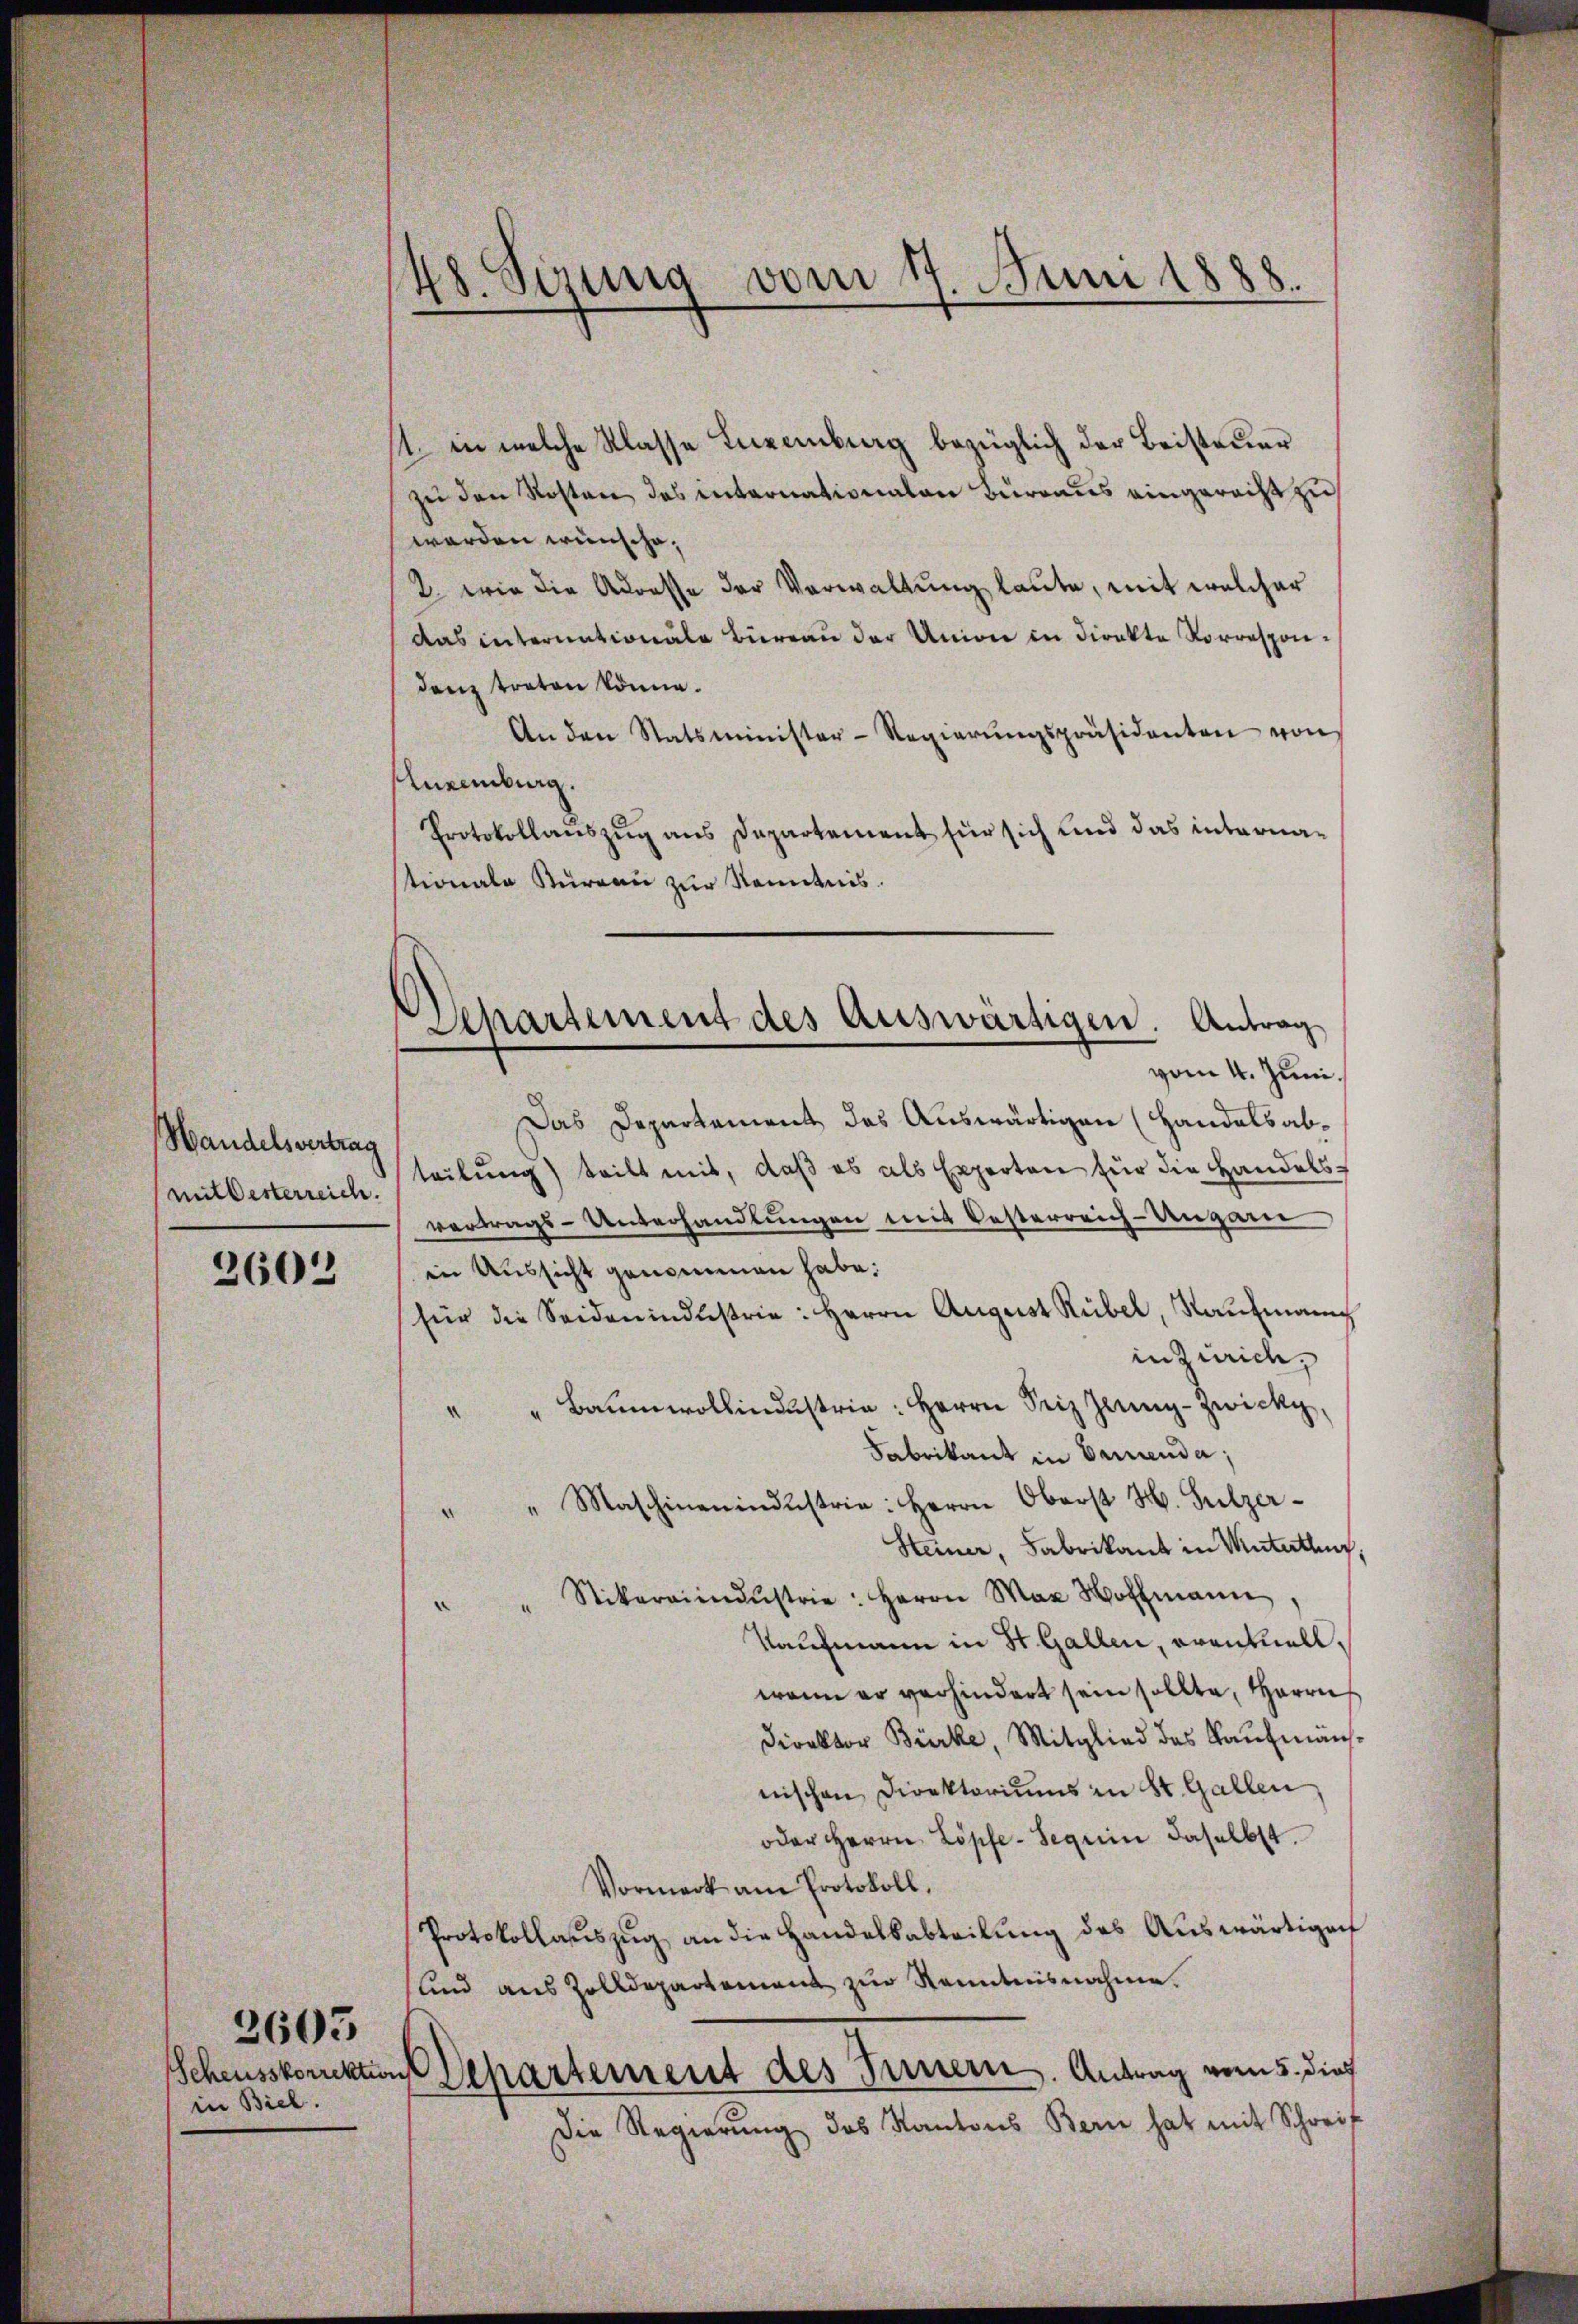
Handelsvertrag
(mit Oesterreich.

2602

Scheusskorrektions
in Biel.

3605

48. Serung vom 11 Juni 1888.
.

Separtement des Auswärtigen. Antrag
vom 4. Juni.

11. in welche Klasse Luxenburg bezüglich der Beisteuer
zu den Kosten des internationalen Bürraus eingerecht zu
werden wünsche.
2. wie die Adresse der Verwaltung laute, mit welcher
das internationale Büreau der Union in Direkte Korrespondenz treten könne.
An den Statsminister-Regierŭngspräsidenten von
Luxenburg.
Protokollauszug aus Departement für sich und das internastionale Thurgau zur Kenntnis.
Das Departement das Auswärtigen (Handels abteilung) teilt mit, daß es als Experten für die Handels-
vertrags-Unterhandlungen mit Oesterreich-Ungan
in Aussicht genommen habe.
für die Seidenindustrie: Herrn August Rübel, Kaŭfmann
in Zürich,
" " Baumwollindustrie: Herrn Seiz Jenny-Zwicky
Fabrikant in Damenda,
" " Maschinenindustrie: Herrn Oberst H. Sulzer-
Steiner, Fabrikant in Muterthung,
" " Stikaraiindŭstrie: Herrn Max Hoffmann
Kaufmann in St. Gallen, eventuell,
wenn er verhindert sein sollte, Herrn
Direktor Bürke, Mitglied des Kaufmännischen Direktoriums in St. Gallen
oder Herrn Löpfe-Segerin daselbst.
Vormerk am Protokoll.
Protokollauszug an die Handelsabteilung des Auswärtigen
und aus Zolldepartement zur Kenntnisnahme.
Departement des Innern. Antrag vom 5. dief
Die Regierŭng des Kantons Bern hat mit Schreib